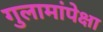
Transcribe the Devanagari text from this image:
गुलामांपेक्षा